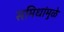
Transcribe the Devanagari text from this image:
समिधांमुळे